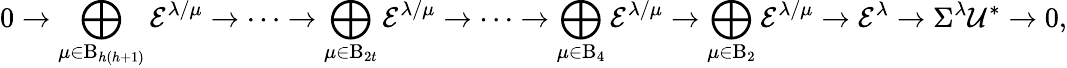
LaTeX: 0\to\bigoplus_{\mu\in\mathrm{B}_{h(h+1)}}{\mathcal{E}}^{\lambda/\mu}\to\cdots\to\bigoplus_{\mu\in\mathrm{B}_{2t}}{\mathcal{E}}^{\lambda/\mu}\to\cdots\to\bigoplus_{\mu\in\mathrm{B}_{4}}{\mathcal{E}}^{\lambda/\mu}\to\bigoplus_{\mu\in\mathrm{B}_{2}}{\mathcal{E}}^{\lambda/\mu}\to{\mathcal{E}}^{\lambda}\to\Sigma^{\lambda}{\mathcal{U}}^{*}\to 0,